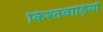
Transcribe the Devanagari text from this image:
किश्तवाड़ियों